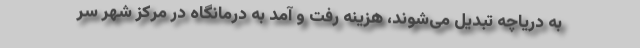
به دریاچه تبدیل می‌شوند، هزینه رفت و آمد به درمانگاه در مرکز شهر سر